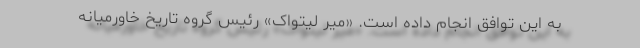
به این توافق انجام داده است. «میر لیتواک» رئیس گروه تاریخ خاورمیانه